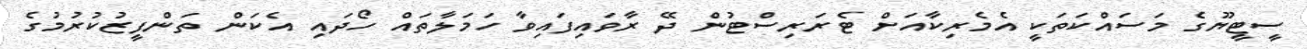
ސީޓީޔޫގެ މަސައްކަތަކީ އެމެރިކާއަށް ޓެރަރިސްޓުން ދޭ ރާވައިފައިވާ ހަމަލާތައް ހޯދައި އެކަން ތަންފީޒުކުރުމުގެ